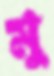
মু